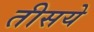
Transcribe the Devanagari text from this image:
तीसये